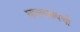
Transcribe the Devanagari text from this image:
घालावायची